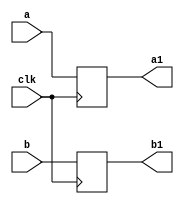
`timescale 1ns / 1ps
//////////////////////////////////////////////////////////////////////////////////
// Company: 
// Engineer: 
// 
// Design Name: 
// Module Name:    buf1 
// Project Name: 
// Target Devices: 
// Tool versions: 
// Description: 
//
// Dependencies: 
//
// Revision: 
// Revision 0.01 - File Created
// Additional Comments: 
//
//////////////////////////////////////////////////////////////////////////////////
module buf99(
    input [23:0] a,
    input [23:0] b,
    input clk,
    output reg [23:0] a1,
    output reg [23:0] b1
    );

always @(posedge clk) begin
a1<=a;
b1<=b;
end

endmodule